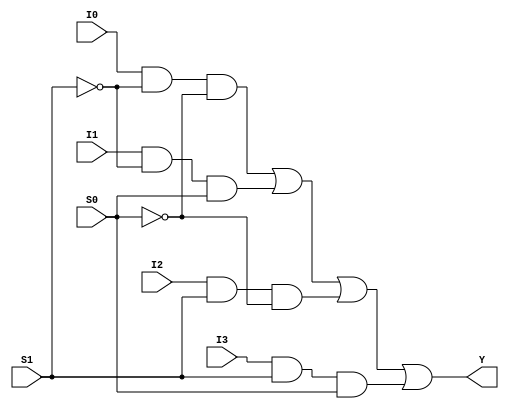
module mux4to1 (
    input I0,
    input I1,
    input I2,
    input I3,
    input S0,
    input S1,
    output Y
);
    wire nS0, nS1;
    wire Y0, Y1, Y2, Y3;

    not (nS0, S0);
    not (nS1, S1);

    and (Y0, I0, nS1, nS0);
    and (Y1, I1, nS1, S0);
    and (Y2, I2, S1, nS0);
    and (Y3, I3, S1, S0);

    or (Y, Y0, Y1, Y2, Y3);
endmodule